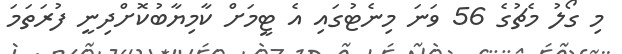
މި ގޯލު މެޗުގެ 56 ވަނަ މިނެޓުގައި އެ ޓީމަށް ކާމިޔާބުކޮށްދިނީ ފުރަތަމަ